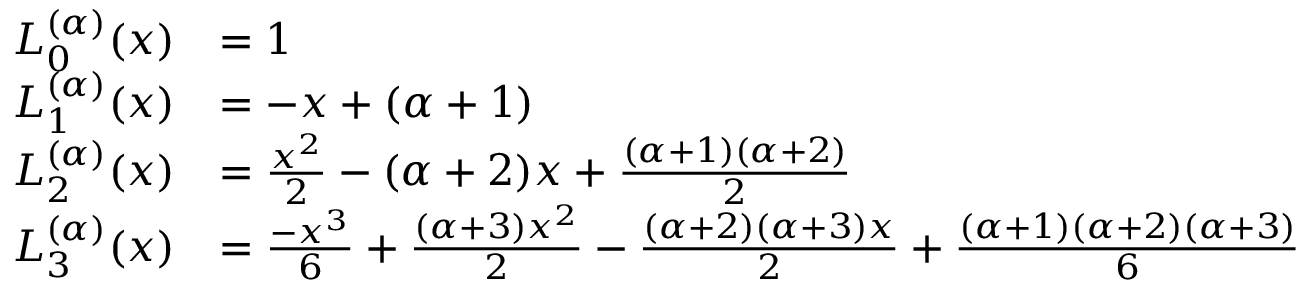
{ \begin{array} { r l } { L _ { 0 } ^ { ( \alpha ) } ( x ) } & { = 1 } \\ { L _ { 1 } ^ { ( \alpha ) } ( x ) } & { = - x + ( \alpha + 1 ) } \\ { L _ { 2 } ^ { ( \alpha ) } ( x ) } & { = { \frac { x ^ { 2 } } { 2 } } - ( \alpha + 2 ) x + { \frac { ( \alpha + 1 ) ( \alpha + 2 ) } { 2 } } } \\ { L _ { 3 } ^ { ( \alpha ) } ( x ) } & { = { \frac { - x ^ { 3 } } { 6 } } + { \frac { ( \alpha + 3 ) x ^ { 2 } } { 2 } } - { \frac { ( \alpha + 2 ) ( \alpha + 3 ) x } { 2 } } + { \frac { ( \alpha + 1 ) ( \alpha + 2 ) ( \alpha + 3 ) } { 6 } } } \end{array} }